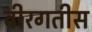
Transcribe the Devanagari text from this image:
वीरगतीस